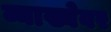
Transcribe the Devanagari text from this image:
व्याख्येवर